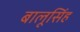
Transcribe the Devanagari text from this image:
बालूसिंह